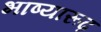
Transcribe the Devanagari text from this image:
भाष्यारूढ़